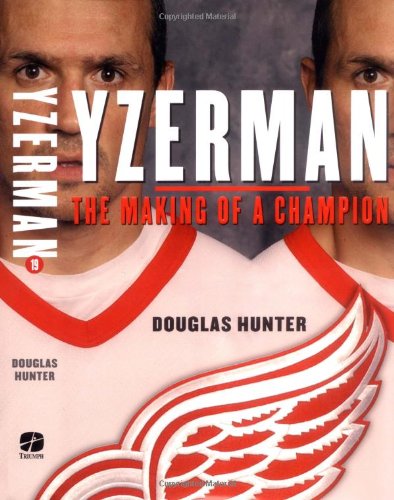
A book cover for Yzerman: The Making of a Champion; Douglas Hunter; Biographies & Memoirs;